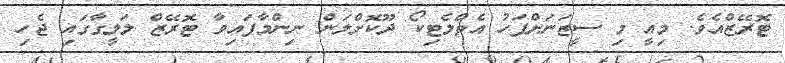
ޓޮރޭޒްއެވެ. މިއީ މި ސީޒަނަށްފަހު އެތްލެޓިކޯ ދޫކޮށްލަން ނިންމާފައިވާ ޓޮރޭޒް ލަލީގާގައި ޖެހި